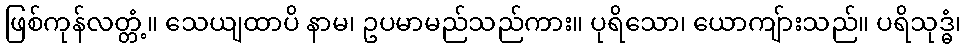
ဖြစ်ကုန်လတ္တံ့။ သေယျထာပိ နာမ၊ ဥပမာမည်သည်ကား။ ပုရိသော၊ ယောကျ်ားသည်။ ပရိသုဒ္ဓံ၊